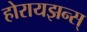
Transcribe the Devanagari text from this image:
होरायझन्स्